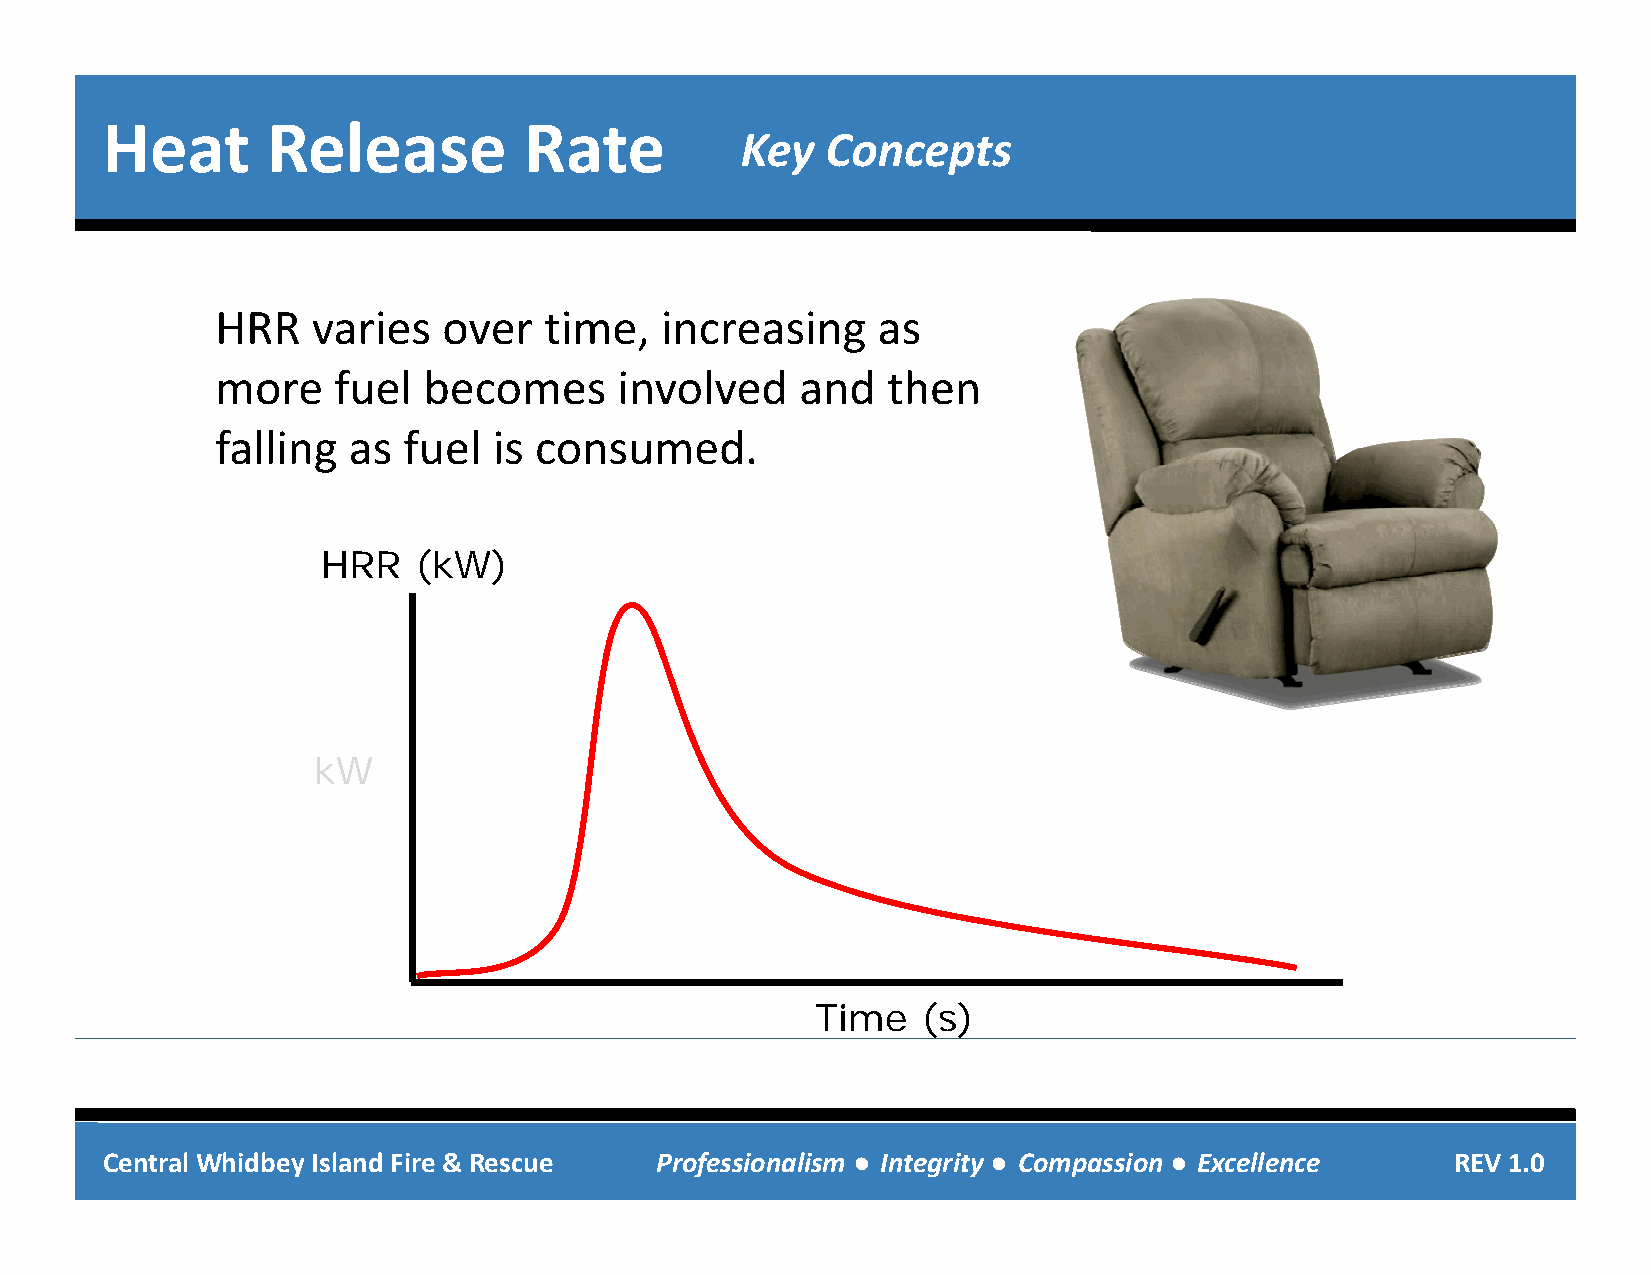
Heat       Release          Rate
 Key   Concepts
 HRR    varies  over   time,   increasing    as
 mmoorree ffuueell bbeeccoommeess iinnvvoollvveedd aanndd tthheenn
 falling  as  fuel  is consumed.
 HHRRRR ((kkWW))
 kW
 Time   ((s))
 Central Whidbey Island Fire & Rescue Professionalism ● Integrity ● Compassion ● Excellence REV 1.0